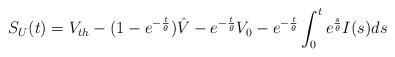
LaTeX: \begin{align*}S_U(t)=V_{th}-(1-e^{-\frac{t}{\theta}})\hat{V}-e^{- \frac{t}{\theta}}V_0-e^{-\frac{t}{\theta}}\int_0^t e^{\frac{s}{\theta}}I(s)ds\end{align*}